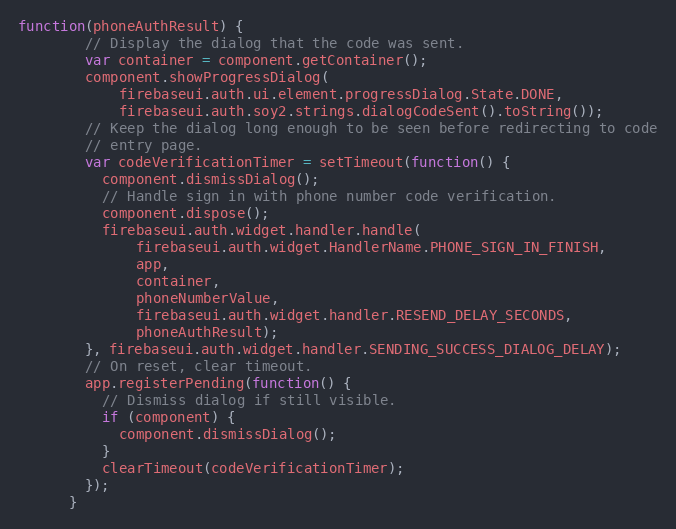
Language: JavaScript
function(phoneAuthResult) {
        // Display the dialog that the code was sent.
        var container = component.getContainer();
        component.showProgressDialog(
            firebaseui.auth.ui.element.progressDialog.State.DONE,
            firebaseui.auth.soy2.strings.dialogCodeSent().toString());
        // Keep the dialog long enough to be seen before redirecting to code
        // entry page.
        var codeVerificationTimer = setTimeout(function() {
          component.dismissDialog();
          // Handle sign in with phone number code verification.
          component.dispose();
          firebaseui.auth.widget.handler.handle(
              firebaseui.auth.widget.HandlerName.PHONE_SIGN_IN_FINISH,
              app,
              container,
              phoneNumberValue,
              firebaseui.auth.widget.handler.RESEND_DELAY_SECONDS,
              phoneAuthResult);
        }, firebaseui.auth.widget.handler.SENDING_SUCCESS_DIALOG_DELAY);
        // On reset, clear timeout.
        app.registerPending(function() {
          // Dismiss dialog if still visible.
          if (component) {
            component.dismissDialog();
          }
          clearTimeout(codeVerificationTimer);
        });
      }